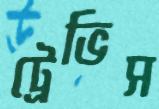
ট্রেভিস